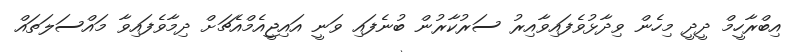
އިބްރާހީމް ދީދީ މިހެން ވިދާޅުވެފައިވާއިރު ސަރުކާރުން ބުނެފައި ވަނީ އައިޖީއެމްއެޗަށް ދިމާވެފައިވާ މައްސަލަތައް